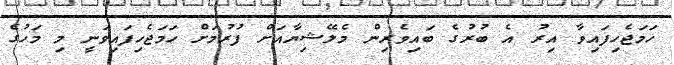
ހަމަޖެހިފައިވާ އިރު އެ ބުރުގެ ބައިވެރިން މެލޭޝިޔާއަށް ފުރުމަށް ހަމަޖެހިފައިވަނީ މި މަހުގެ